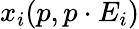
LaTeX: x_{i}(p,p\cdot E_{i})